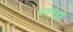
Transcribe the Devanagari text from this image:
पकौड़ों